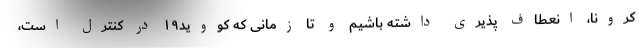
کرونا، انعطاف پذیری داشته باشیم و تا زمانی که کووید۱۹ در کنترل است،